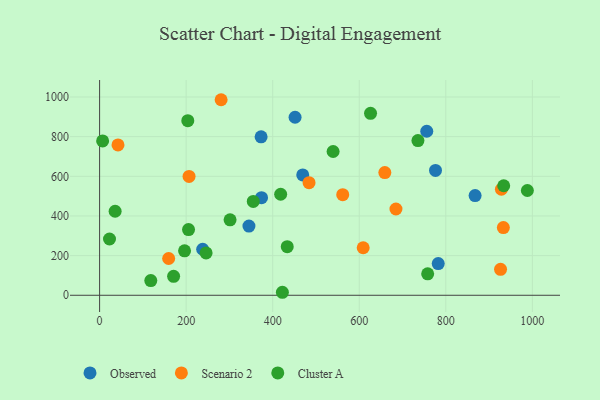
{"axis": {"x": "Study Hours", "y": "Fuel Efficiency"}, "legend": ["Cluster A", "Observed", "Scenario 2"], "data": [{"x": "782.5", "y": 159.9, "type": "Observed"}, {"x": "776.2", "y": 629.5, "type": "Observed"}, {"x": "373.2", "y": 799.2, "type": "Observed"}, {"x": "867.7", "y": 502.9, "type": "Observed"}, {"x": "756.0", "y": 827.1, "type": "Observed"}, {"x": "238.2", "y": 232.2, "type": "Observed"}, {"x": "345.1", "y": 349.0, "type": "Observed"}, {"x": "451.7", "y": 897.8, "type": "Observed"}, {"x": "469.4", "y": 607.0, "type": "Observed"}, {"x": "374.2", "y": 492.0, "type": "Observed"}, {"x": "484.0", "y": 567.7, "type": "Scenario 2"}, {"x": "928.5", "y": 534.6, "type": "Scenario 2"}, {"x": "609.1", "y": 239.6, "type": "Scenario 2"}, {"x": "684.8", "y": 435.1, "type": "Scenario 2"}, {"x": "159.6", "y": 185.4, "type": "Scenario 2"}, {"x": "561.8", "y": 507.3, "type": "Scenario 2"}, {"x": "206.7", "y": 599.5, "type": "Scenario 2"}, {"x": "926.5", "y": 131.0, "type": "Scenario 2"}, {"x": "42.5", "y": 758.0, "type": "Scenario 2"}, {"x": "659.1", "y": 619.0, "type": "Scenario 2"}, {"x": "280.8", "y": 986.2, "type": "Scenario 2"}, {"x": "933.0", "y": 341.3, "type": "Scenario 2"}, {"x": "203.8", "y": 880.7, "type": "Cluster A"}, {"x": "539.6", "y": 725.0, "type": "Cluster A"}, {"x": "735.6", "y": 780.1, "type": "Cluster A"}, {"x": "418.4", "y": 509.6, "type": "Cluster A"}, {"x": "355.1", "y": 473.3, "type": "Cluster A"}, {"x": "626.1", "y": 917.7, "type": "Cluster A"}, {"x": "7.0", "y": 778.3, "type": "Cluster A"}, {"x": "205.5", "y": 331.1, "type": "Cluster A"}, {"x": "118.3", "y": 74.1, "type": "Cluster A"}, {"x": "933.8", "y": 552.3, "type": "Cluster A"}, {"x": "35.9", "y": 423.7, "type": "Cluster A"}, {"x": "301.5", "y": 380.4, "type": "Cluster A"}, {"x": "758.1", "y": 108.4, "type": "Cluster A"}, {"x": "422.4", "y": 15.1, "type": "Cluster A"}, {"x": "196.3", "y": 224.2, "type": "Cluster A"}, {"x": "433.6", "y": 245.3, "type": "Cluster A"}, {"x": "988.5", "y": 528.3, "type": "Cluster A"}, {"x": "246.1", "y": 213.8, "type": "Cluster A"}, {"x": "171.0", "y": 95.6, "type": "Cluster A"}, {"x": "22.9", "y": 283.8, "type": "Cluster A"}]}